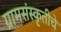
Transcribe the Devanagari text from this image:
ग्रामसंस्कृतीचे